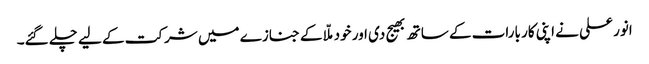
انور علی نے اپنی کار بارات کے ساتھ بھیج دی اور خود ملّا کے جنازے میں شرکت کے لیے چلے گئے۔